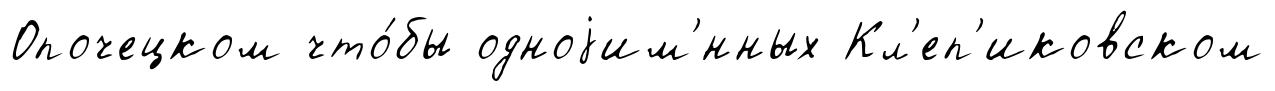
Опочецком что́бы одноjим'́нных Кл'еп'иковском